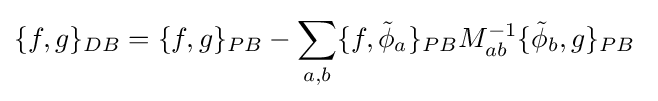
\{f,g\}_{DB}=\{f,g\}_{PB}-\sum _{a,b}\{f,{\tilde {\phi }}_{a}\}_{PB}M_{ab}^{-1}\{{\tilde {\phi }}_{b},g\}_{PB}~